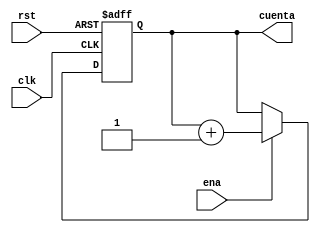
`timescale 1ns / 1ps

module ContaNb(rst, clk, ena, cuenta);

parameter LARGO = 8;
input rst, clk, ena;
output reg [LARGO - 1:0]cuenta;

always @(negedge clk, posedge rst)
	if(rst)
		cuenta = 0;
	else if (ena)
		cuenta = cuenta + 1;
	else
		cuenta = cuenta;
	
	
endmodule